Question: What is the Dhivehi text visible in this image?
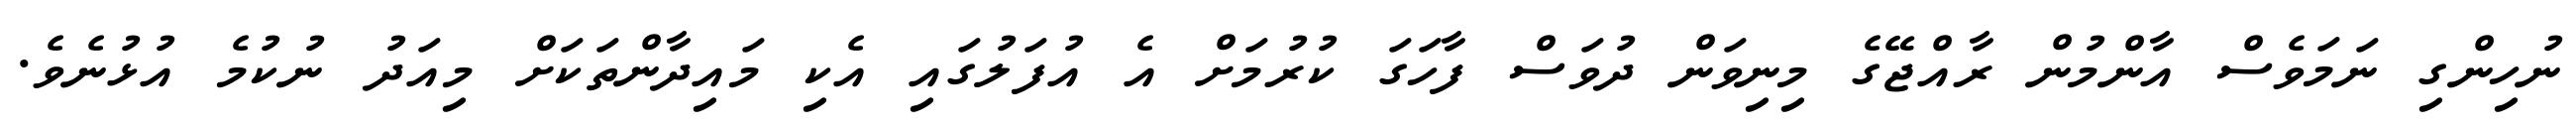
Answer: ނުހިންގި ނަމަވެސް އާންމުން ރާއްޖޭގެ މިނިވަން ދުވަސް ފާހަގަ ކުރުމަށް އެ އުފަލުގައި އެކި މައިދާންތަކަށް މިއަދު ނުކުމެ އުޅުނެވެ.